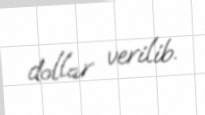
dollar verilib.